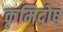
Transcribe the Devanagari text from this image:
कृमिदोष